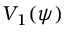
V _ { 1 } ( \psi )